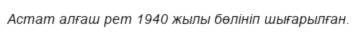
Астат алғаш рет 1940 жылы бөлініп шығарылған.